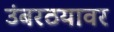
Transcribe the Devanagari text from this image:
उंबरठयावर